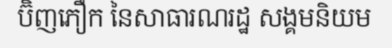
ប៊ិញភឿក នៃសាធារណរដ្ឋ សង្គមនិយម